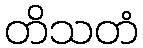
တိသတံ